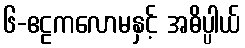
၆-ဧဠကလောမနှင့် အဓိပ္ပါယ်